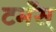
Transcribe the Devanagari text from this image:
टमँस्